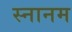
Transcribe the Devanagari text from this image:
स्नानम